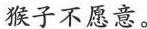
猴子不愿意。